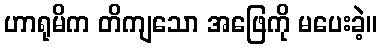
ဟာရုမိက တိကျသော အဖြေကို မပေးခဲ့။